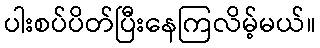
ပါးစပ်ပိတ်ပြီးနေကြလိမ့်မယ်။